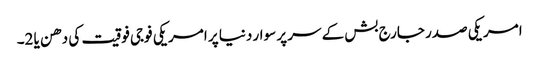
امریکی صدر جارج بش کے سر پر سوار دنیا پر امریکی فوجی فوقیت کی دھن یا 2۔